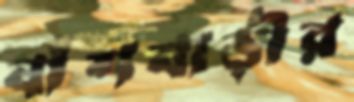
বাঁশবাড়ীর